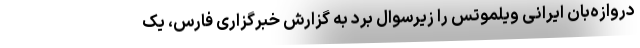
دروازه‌بان ایرانی ویلموتس را زیرسوال برد به گزارش خبرگزاری فارس، یک